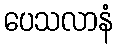
ပေသလာနံ